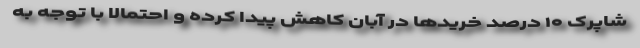
شاپرک ۱۰ درصد خریدها در آبان کاهش پیدا کرده و احتمالا با توجه به